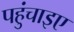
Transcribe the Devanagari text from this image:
पहुंचाइए